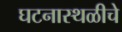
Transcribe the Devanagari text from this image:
घटनास्थळीचे